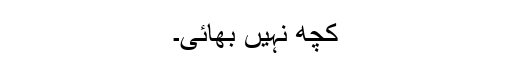
کچھ نہیں بھائی۔